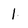
Character: 1